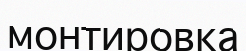
монтировка